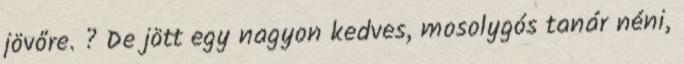
jövőre. ? De jött egy nagyon kedves, mosolygós tanár néni,